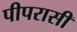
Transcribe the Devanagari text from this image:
पीपरासी